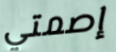
إصمتي